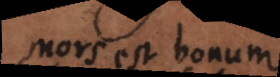
mors est bonum.